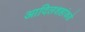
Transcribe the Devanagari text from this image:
आदिलशहांकडे